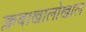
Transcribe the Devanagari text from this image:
क्लबाखालोखाल